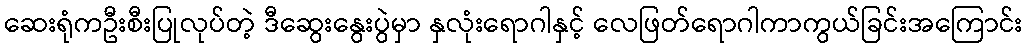
ဆေးရုံကဦးစီးပြုလုပ်တဲ့ ဒီဆွေးနွေးပွဲမှာ နှလုံးရောဂါနှင့် လေဖြတ်ရောဂါကာကွယ်ခြင်းအကြောင်း